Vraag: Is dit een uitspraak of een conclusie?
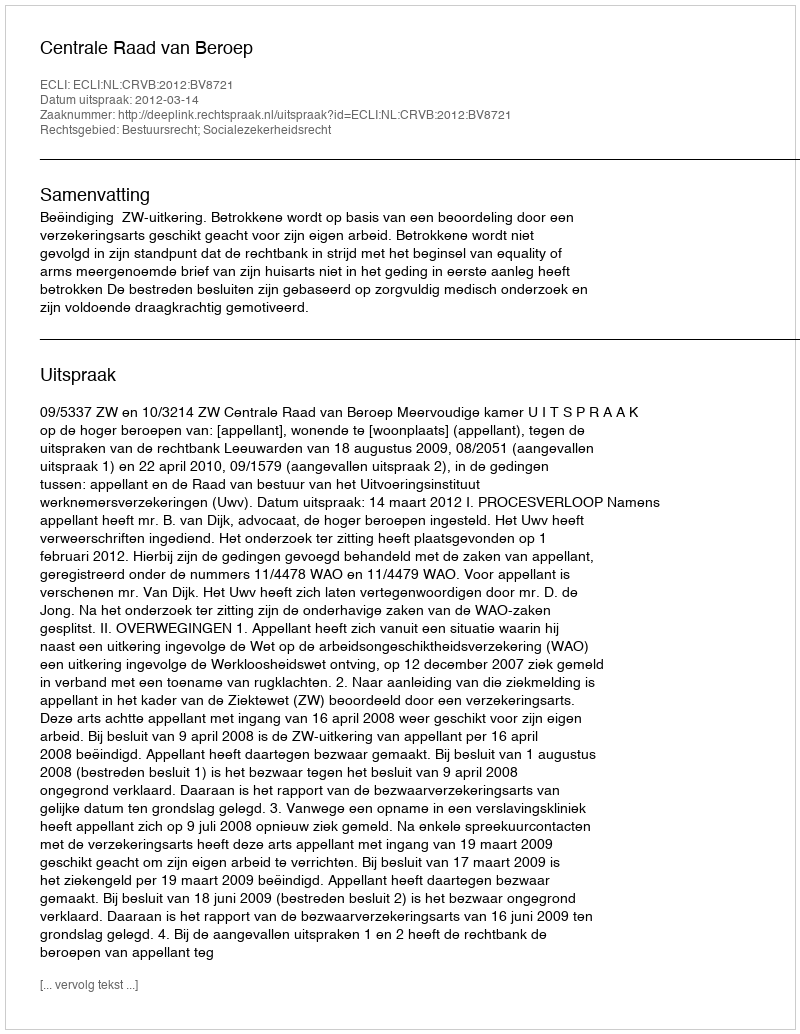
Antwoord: Uitspraak